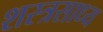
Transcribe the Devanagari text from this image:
शस्त्रसाध्य